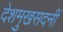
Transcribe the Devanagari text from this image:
देशमुखसदनीं